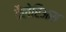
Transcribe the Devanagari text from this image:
वैलेरिअस